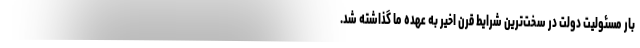
بار مسئولیت دولت در سخت‌ترین شرایط قرن اخیر به عهده ما گذاشته شد.